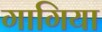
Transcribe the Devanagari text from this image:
गागिया